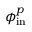
\phi _ { \mathrm { i n } } ^ { p }